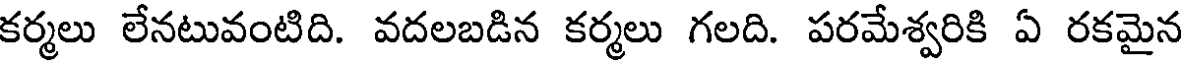
కర్మలు లేనటువంటిది. వదలబడిన కర్మలు గలది. పరమేశ్వరికి ఏ రకమైన